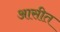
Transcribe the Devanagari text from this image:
आसीत